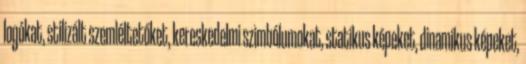
logókat, stilizált szemléltetőket, kereskedelmi szimbólumokat, statikus képeket, dinamikus képeket,